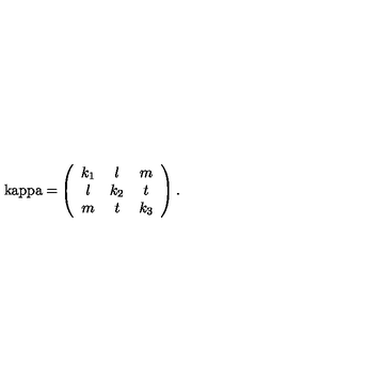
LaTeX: \mathrm { \ k a p p a = } \left( \begin{array} { c c c } { k _ { 1 } } & { l } & { m } \\ { l } & { k _ { 2 } } & { t } \\ { m } & { t } & { k _ { 3 } } \\ \end{array} \right) .